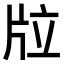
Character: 𤖹